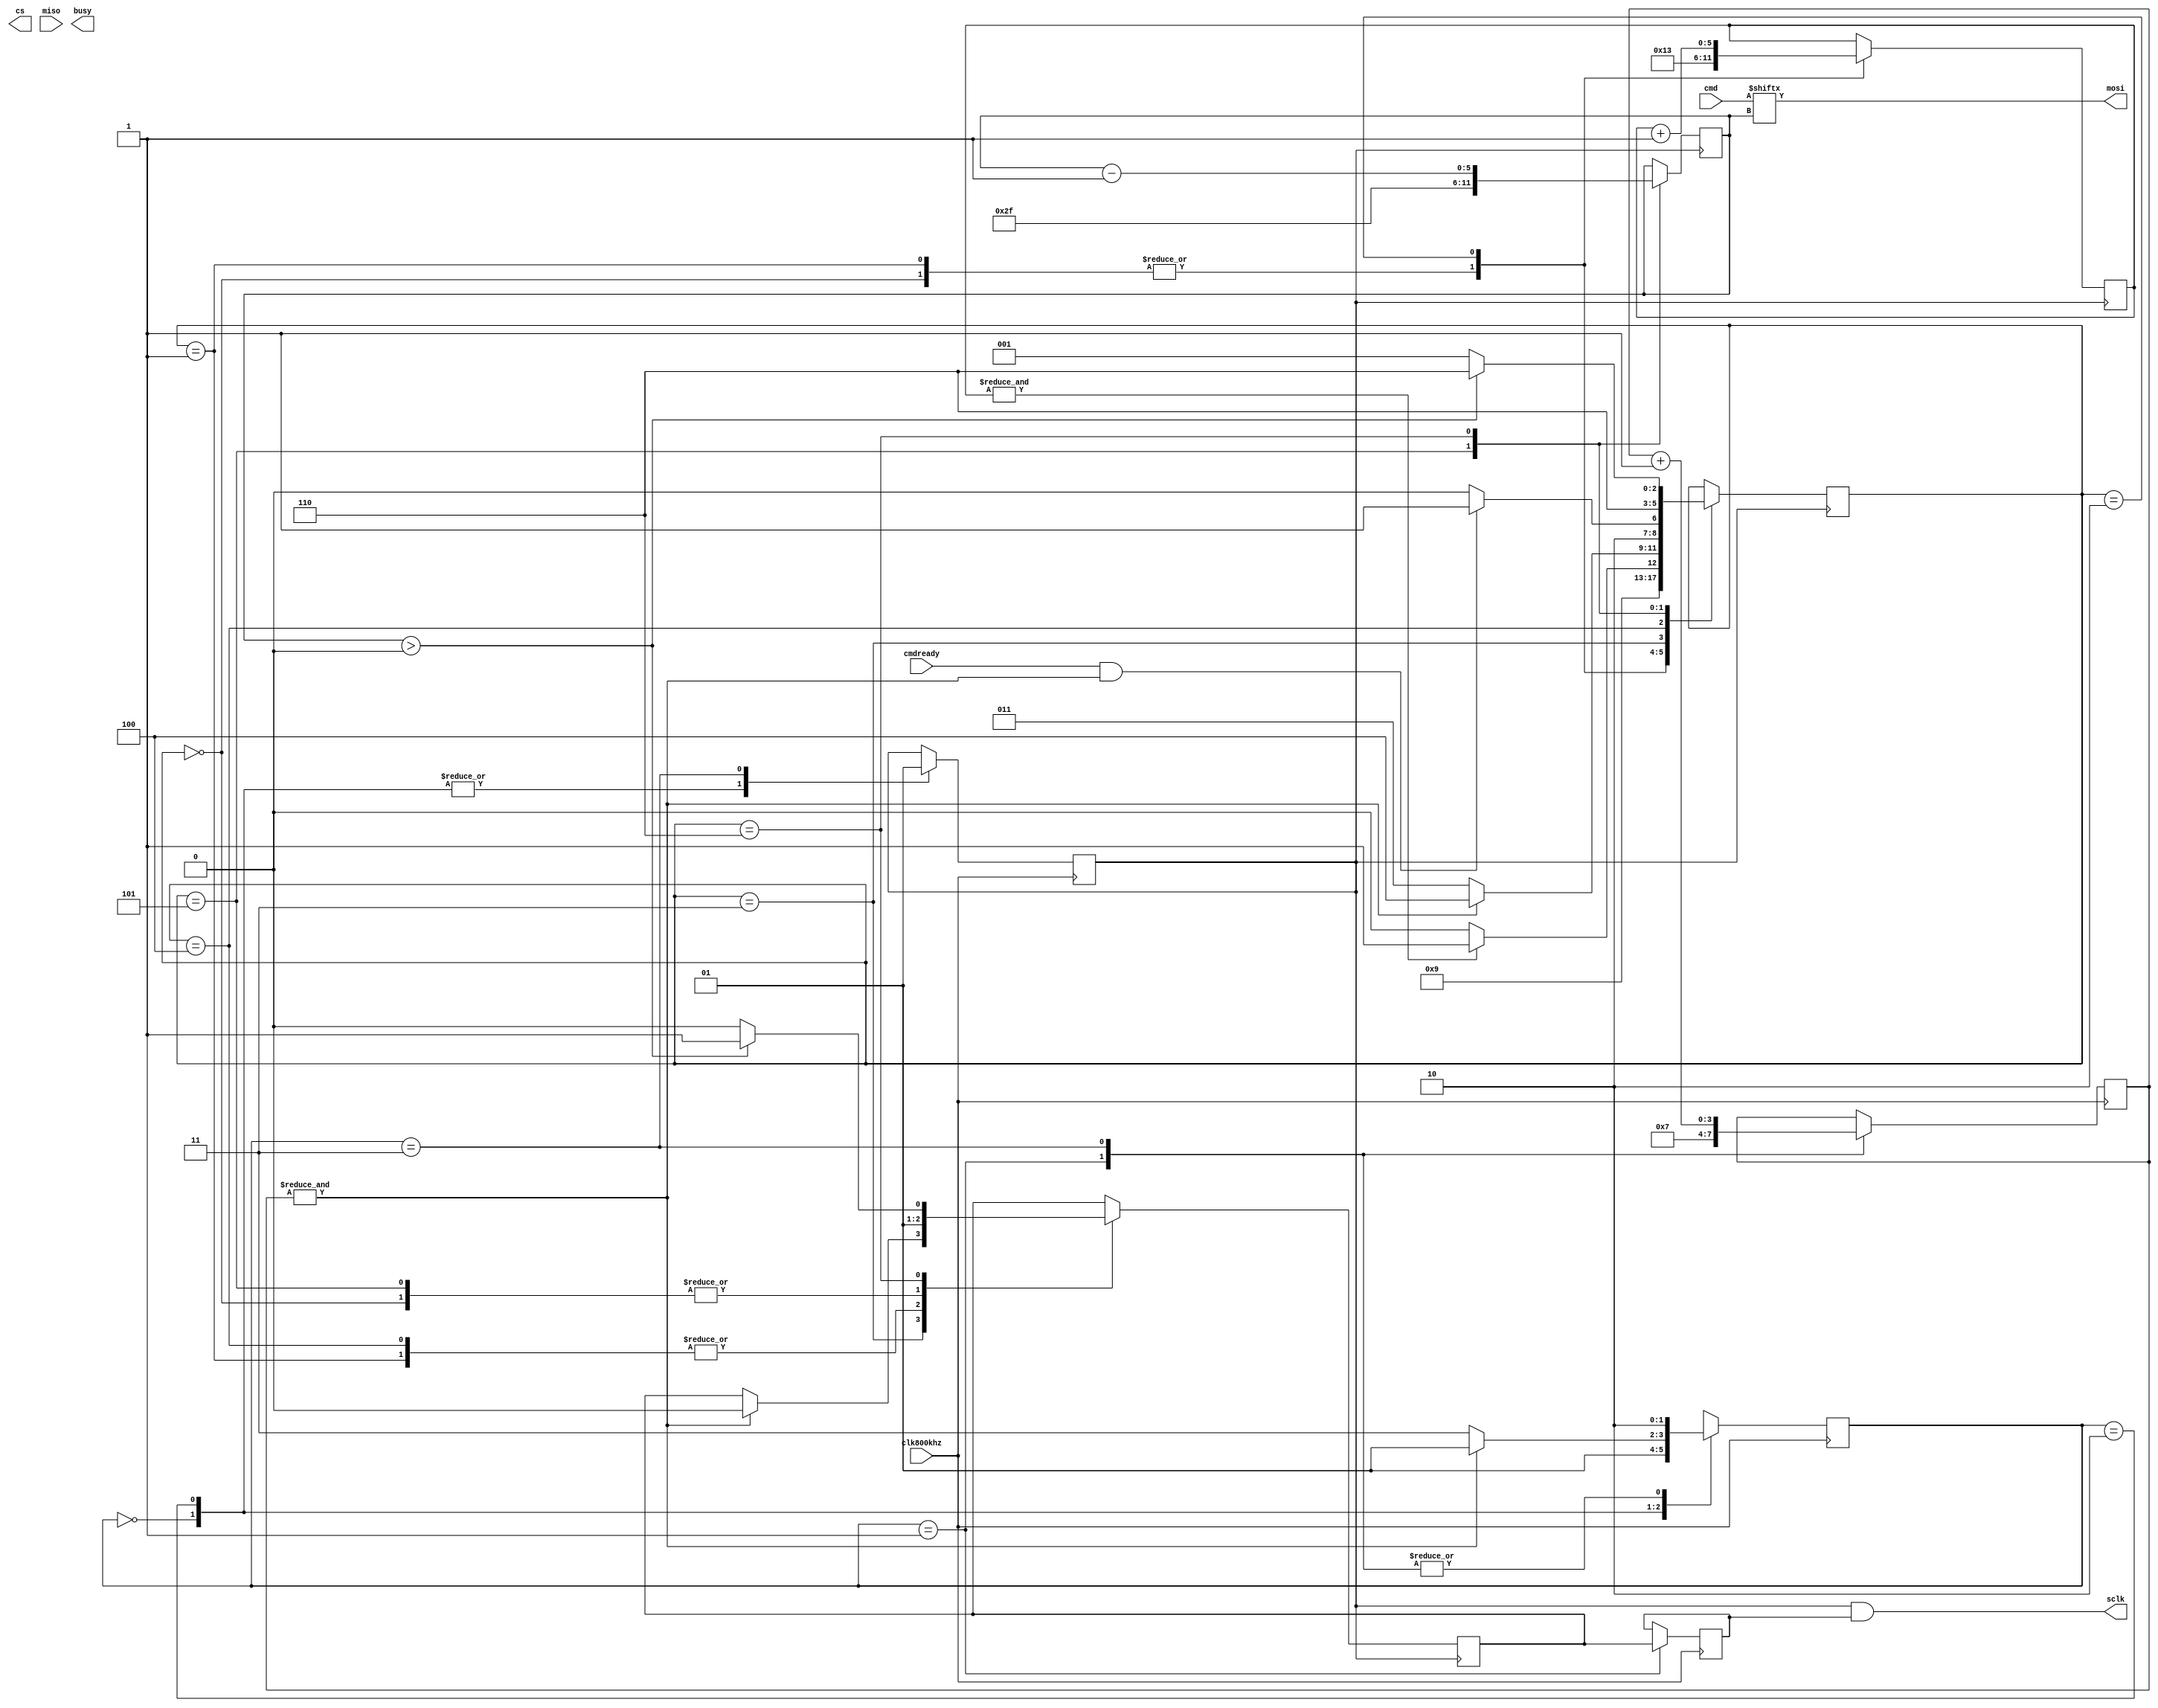
module SDCard(cs, sclk, mosi, miso, clk800khz, cmd, cmdready, busy);
	input miso, clk800khz, cmdready;
	input [47:0] cmd;
	output cs, sclk, mosi, busy;
	
	reg busyreg = 1'b1;
	reg clk = 1'b0;
	reg clke = 1'b1;
	reg sclke = 1'b1;
	assign sclk = clk & sclke;
	reg [3:0] clkcount;
	reg [1:0] clkstate = 2'b00;
	assign mosi = cmd[iterator];
	//generate sclk
	always@(posedge clk800khz) begin
		case (clkstate)
			2'b00: begin
				clk <= 1'b0;
				clkstate <= 2'b01;
			end
			2'b01: begin
				clkstate <= 2'b10;
				sclke <= clke;
				clkcount <= 4'h7;
			end
			2'b10: begin
				clk <= 1'b0;
				clkstate <= (&clkcount) ? 2'b01 : 2'b11;
			end
			2'b11: begin
				clk <= 1'b1;
				clkcount <= clkcount + 1'b1;
				clkstate <= 2'b10;
			end
		endcase
	end
	
	reg [5:0] wtime = 6'h00;
	reg [2:0] state = 3'h0;
	reg [8:0] count = 9'h000;
	wire test = &clkcount;
	wire test2 = cmdready & test;
	reg [5:0] iterator = 0;
	always@(posedge clk) begin
		case(state)
			//init 
			0: begin
				clke <= 1'b1; //enable clock
				wtime <= 6'h13; // inverse of 44 = 0x2C
				state <= 2; //jump to state 2
			end
			//sleep
			1: begin
				clke <= 1'b0; //disable clock
				wtime <= 6'h13; //inverse of 44 = 0x2C
				state <= 2; //jump to state 2
			end
			//wait
			2: begin
				wtime <= wtime + 1; //increment timer
				state <= (&wtime) ? 3 : 2; //stay in state as long as timer is not run out
			end
			3: begin
				state <= test ? 4 : 3;
				clke <= test ? 1'b0 : clke;
			end
			//waitcmd
			4: begin
				clke <= 1'b0;
				state <= test2 ? 5:4;
				busyreg <= 1'b0;
			end
			5: begin
				clke <= 1'b1;
				iterator <= 47;
				state <= 6;
				busyreg <= 1'b1;
			end
			6: begin
				iterator <= iterator - 1;
				state <= (iterator > 0) ? 6 : 1;
				clke <= (iterator > 0) ? 1 : 0;
			end
		endcase
	end
	
endmodule